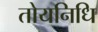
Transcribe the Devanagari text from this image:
तोयनिधि